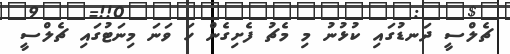
ޗެލްސީ ދަނޑުގައި ކުޅުނު މި މެޗު ފެށިގެން ހަ ވަނަ މިނަޓުގައި ޗެލްސީ